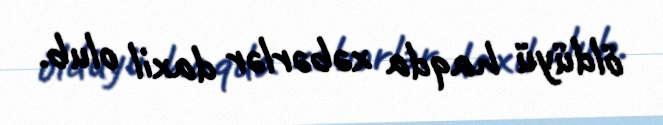
öldüyü haqda xəbərlər daxil olub.